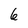
Character: 6